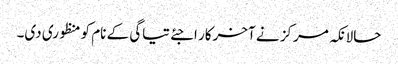
حالانکہ مرکز نے آخرکار اجئے تیاگی کے نام کو منظوری دی۔